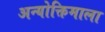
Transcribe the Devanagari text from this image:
अन्योक्तिमाला